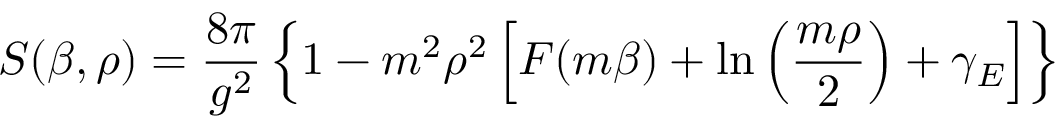
S ( \beta , \rho ) = { \frac { 8 \pi } { g ^ { 2 } } } \left\{ 1 - m ^ { 2 } \rho ^ { 2 } \left[ F ( m \beta ) + \ln \left( { \frac { m \rho } { 2 } } \right) + \gamma _ { E } \right] \right\}